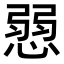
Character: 𢞔